Scottish Leaving Certificate Examination, 1957
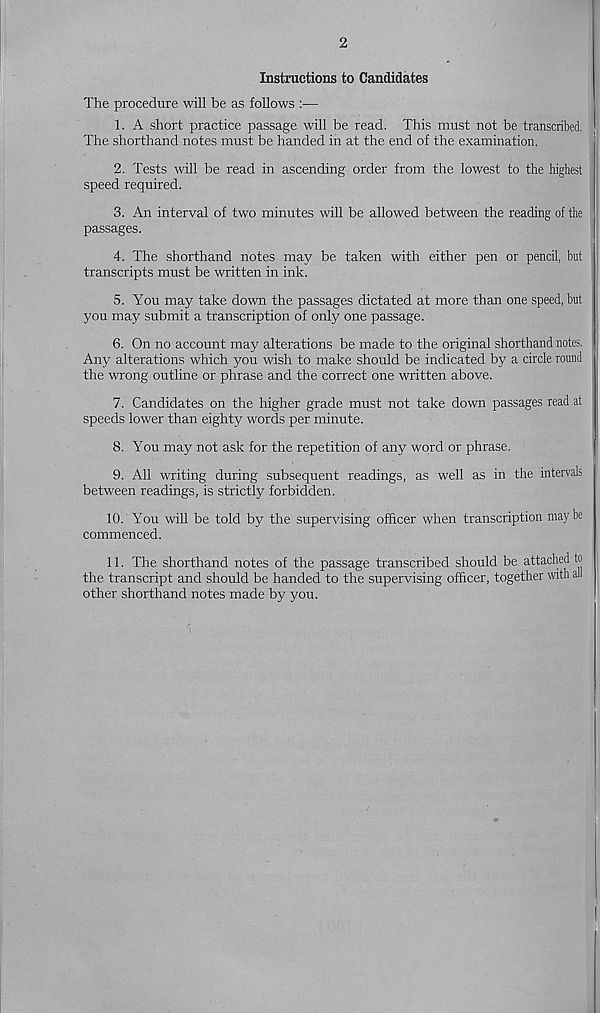
2
Instraetions to Candidates
The procedure will be as follows :—
1. A short practice passage will be read. This must not be transcribed,
The shorthand notes must be handed in at the end of the examination.
2. Tests will be read in ascending order from the lowest to the highest
speed required.
3. An interval of two minutes will be allowed between the reading of the
passages.
4. The shorthand notes may be taken with either pen or pencil, but
transcripts must be written in ink.
5. You may take down the passages dictated at more than one speed, but
you may submit a transcription of only one passage.
6. On no account may alterations be made to the original shorthand notes.
Any alterations which you wish to make should be indicated by a circle round
the wrong outline or phrase and the correct one written above.
7. Candidates on the higher grade must not take down passages read at
speeds lower than eighty words per minute.
8. You may not ask for the repetition of any word or phrase.
9. All writing during subsequent readings, as well as in the intervals
between readings, is strictly forbidden.
10. You will be told by the supervising officer when transcription maybe
commenced.
11. The shorthand notes of the passage transcribed should be attached to
the transcript and should be handed to the supervising officer, together with all
other shorthand notes made by you.